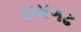
રામગઢ